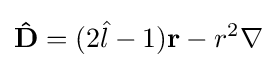
\mathbf {\hat {D}} =(2{\hat {l}}-1)\mathbf {r} -r^{2}\mathbf {\nabla }